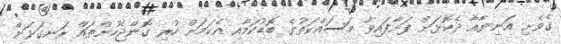
ގެވެށި އަނިޔާއާ ދެކޮޅަށް ފަށާފައިވާ މަސައްކަތުގެ ބޮޑުކަމާއި އެކަމަށް ހުރި ގޮންޖެހުންތައް ރަނގަޅަށް